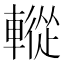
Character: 䡮